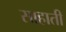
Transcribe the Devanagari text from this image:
साहाती